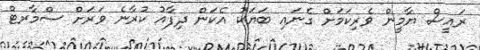
ރައީސް ޔާމީން ވެރިކަމަށް ގެނައި ބަޔަކު އެކަން ދިފާއު ކުރާނެ ވަރަށް ސްމާރޓް